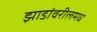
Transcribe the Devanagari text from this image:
झाडांवरीलमध